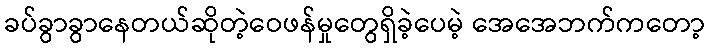
ခပ်ခွာခွာနေတယ်ဆိုတဲ့ဝေဖန်မှုတွေရှိခဲ့ပေမဲ့ အေအေဘက်ကတော့